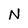
Character: N